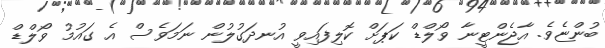
ބުންޏެވެ. އާޖެންޓީނާ ވޯލްޑް ކަޕަށް ކޮލިފައިވީ އުނދަގުލުން ނަމަވެސް އެ ގައުމު ވޯލްޑް